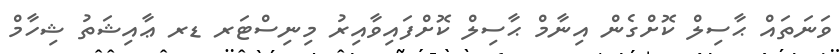
ވަނަތައް ޙާސިލް ކޮށްގެން އިނާމް ޙާސިލް ކޮށްފައިވާއިރު މިނިސްޓަރ ޑރ ޢާއިޝަތު ޝިހާމް